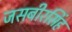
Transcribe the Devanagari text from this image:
जसबीरसिंह